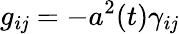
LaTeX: g_{i\mathit{j}}=-a^{2}(t)\gamma_{i\mathit{j}}